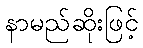
နာမည်ဆိုးဖြင့်